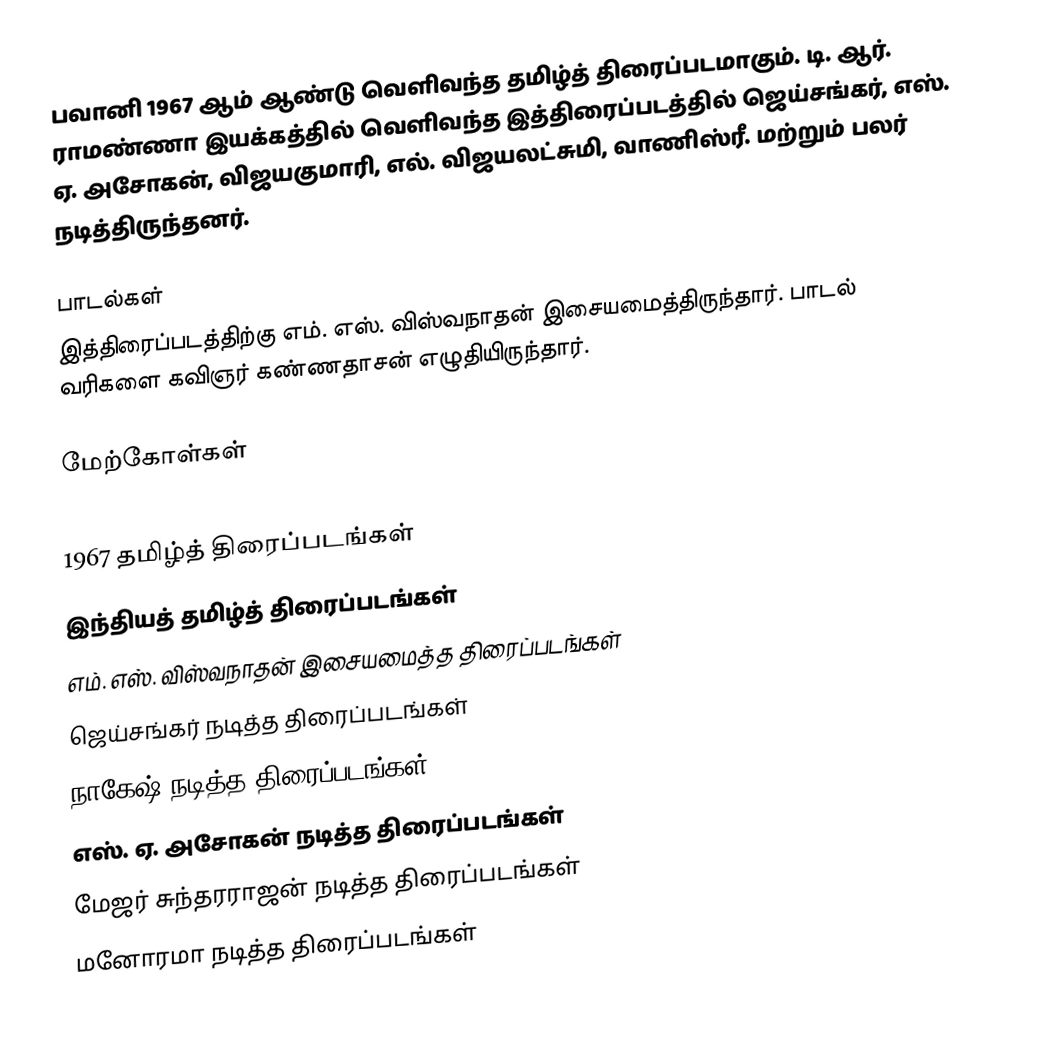
பவானி 1967 ஆம் ஆண்டு வெளிவந்த தமிழ்த் திரைப்படமாகும். டி. ஆர். ராமண்ணா இயக்கத்தில் வெளிவந்த இத்திரைப்படத்தில் ஜெய்சங்கர், எஸ். ஏ. அசோகன், விஜயகுமாரி, எல். விஜயலட்சுமி, வாணிஸ்ரீ. மற்றும் பலர் நடித்திருந்தனர்.

பாடல்கள்
இத்திரைப்படத்திற்கு எம். எஸ். விஸ்வநாதன் இசையமைத்திருந்தார். பாடல் வரிகளை கவிஞர் கண்ணதாசன் எழுதியிருந்தார்.

மேற்கோள்கள்

1967 தமிழ்த் திரைப்படங்கள்
இந்தியத் தமிழ்த் திரைப்படங்கள்
எம். எஸ். விஸ்வநாதன் இசையமைத்த திரைப்படங்கள்
ஜெய்சங்கர் நடித்த திரைப்படங்கள்
நாகேஷ் நடித்த திரைப்படங்கள்
எஸ். ஏ. அசோகன் நடித்த திரைப்படங்கள்
மேஜர் சுந்தரராஜன் நடித்த திரைப்படங்கள்
மனோரமா நடித்த திரைப்படங்கள்